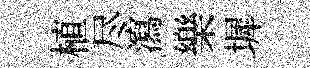
植尽瀉樂墀